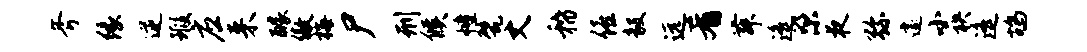
斧缘逆瑕应来醵傲梅尸刑候幢甓丈稽僖毅远肴舞遥梁夜弥遽小袂遥鸪